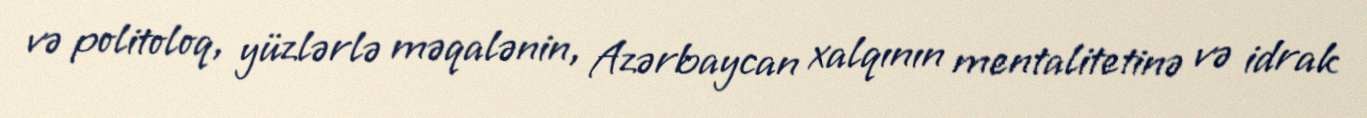
və politoloq, yüzlərlə məqalənin, Azərbaycan xalqının mentalitetinə və idrak